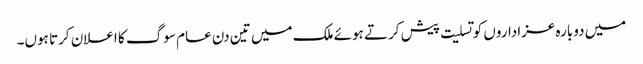
میں دوبارہ عزاداروں کو تسلیت پیش کرتے ہوئے ملک میں تین دن عام سوگ کا اعلان کرتا ہوں۔